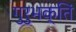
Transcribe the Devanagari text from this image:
गुरुभक्तिं